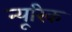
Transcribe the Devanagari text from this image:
न्यूरिक